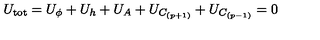
U _ { \mathrm { t o t } } = U _ { \phi } + U _ { h } + U _ { A } + U _ { C _ { ( p + 1 ) } } + U _ { C _ { ( p - 1 ) } } = 0